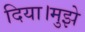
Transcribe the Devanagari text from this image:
दिया।मुझे